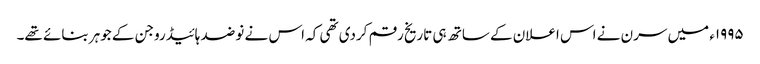
١٩٩٥ء میں سرن نے اس اعلان کے ساتھ ہی تاریخ رقم کردی تھی کہ اس نے نو ضد ہائیڈروجن کے جوہر بنائے تھے۔